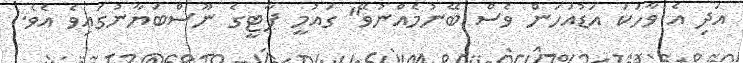
އަދި އެ ވާހަކަ އަޑުއަހަން ވެސް ބޭނުމެއްނުވޭ" ގައުމީ ޕާޓީގެ ނޫސްބަޔާނުގައިވެ އެވެ.